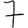
Digit: 7